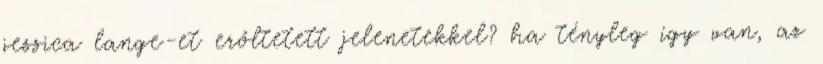
jessica lange-et erőltetett jelenetekkel? ha tényleg így van, az